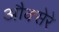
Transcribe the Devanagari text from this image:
औक्सेरे